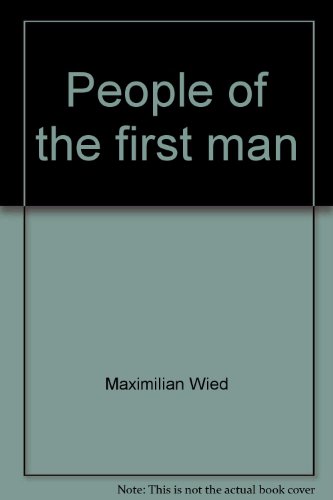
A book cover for People of the first man: Life among the Plains Indians in their final days of glory : the firsthand account of Prince Maximilian's expedition up the Missouri River, 1833-34; Maximilian Wied; Travel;